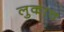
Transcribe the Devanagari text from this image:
लुकाच